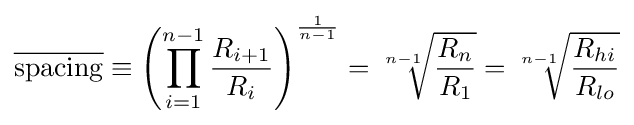
{\overline {\mathrm {spacing} }}\equiv \left(\prod _{i=1}^{n-1}{\frac {R_{i+1}}{R_{i}}}\right)^{\frac {1}{n-1}}={\sqrt[{n-1}]{\frac {R_{n}}{R_{1}}}}={\sqrt[{n-1}]{\frac {R_{hi}}{R_{lo}}}}